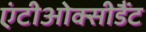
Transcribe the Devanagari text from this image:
एंटीओक्सीडैंट